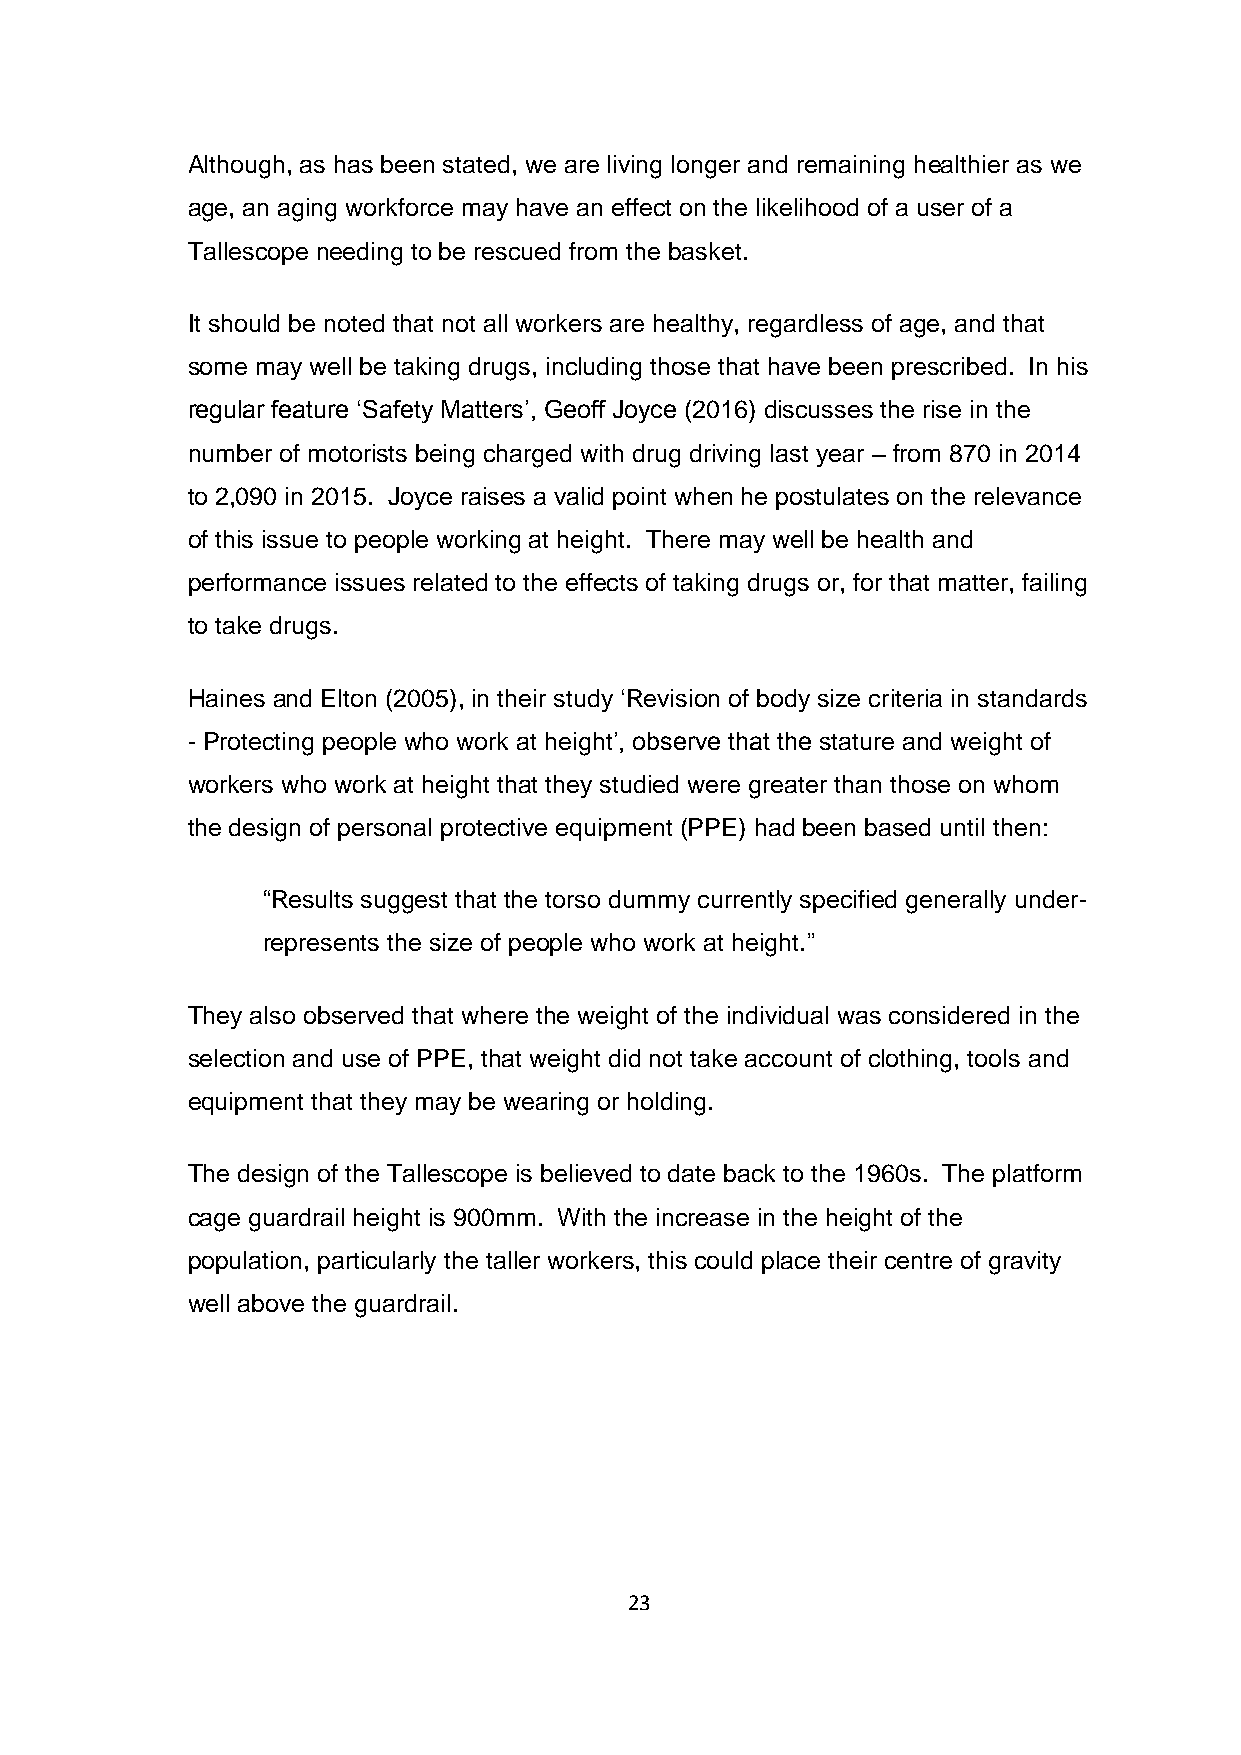
Although, as has been stated, we are living longer and remaining healthier as we
 age, an aging workforce may have an effect on the likelihood of a user of a
 Tallescope needing to be rescued from the basket.
 It should be noted that not all workers are healthy, regardless of age, and that
 some may well be taking drugs, including those that have been prescribed. In his
 regular feature ‘Safety Matters’, Geoff Joyce (2016) discusses the rise in the
 number of motorists being charged with drug driving last year – from 870 in 2014
 to 2,090 in 2015. Joyce raises a valid point when he postulates on the relevance
 of this issue to people working at height. There may well be health and
 performance issues related to the effects of taking drugs or, for that matter, failing
 to take drugs.
 Haines and Elton (2005), in their study ‘Revision of body size criteria in standards
 - Protecting people who work at height’, observe that the stature and weight of
 workers who work at height that they studied were greater than those on whom
 the design of personal protective equipment (PPE) had been based until then:
 “Results suggest that the torso dummy currently specified generally under-
 represents the size of people who work at height.”
 They also observed that where the weight of the individual was considered in the
 selection and use of PPE, that weight did not take account of clothing, tools and
 equipment that they may be wearing or holding.
 The design of the Tallescope is believed to date back to the 1960s. The platform
 cage guardrail height is 900mm. With the increase in the height of the
 population, particularly the taller workers, this could place their centre of gravity
 well above the guardrail.
 23